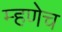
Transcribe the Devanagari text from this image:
म्हणेच